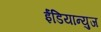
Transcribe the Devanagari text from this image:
ईंडियान्युज